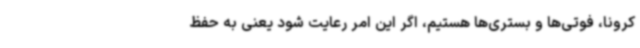
کرونا، فوتی‌ها و بستری‌ها هستیم، اگر این امر رعایت شود یعنی به حفظ